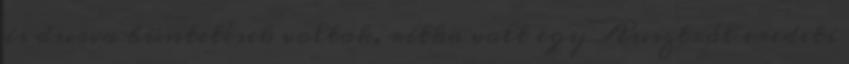
is durva büntetések voltak, ritka volt egy Ausztrál eredeti